Report on vaccination in the Province of Bengal - 1869-1873
Year: 1869
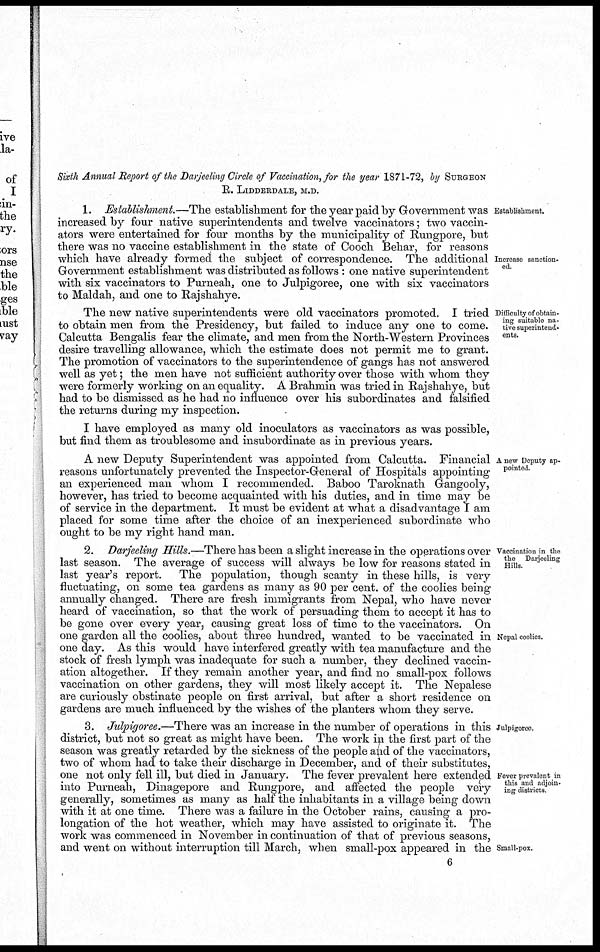
Sixth Annual Report of the Darjeeling Circle of Vaccination, for the year 1871-72, by SURGEON
R. LIDDERDALE, M.D.
Establishment.
Increase sanction-
ed.
1. Establishment.—The establishment for the year paid by Government was
increased by four native superintendents and twelve vaccinators; two vaccin-
ators were entertained for four months by the municipality of Rungpore, but
there was no vaccine establishment in the state of Cooch Behar, for reasons
which have already formed the subject of correspondence. The additional
Government establishment was distributed as follows : one native superintendent
with six vaccinators to Purneah, one to Julpigoree, one with six vaccinators
to Maldah, and one to Rajshahye.
Difficulty of obtain-
ing suitable na-
tive superintend-
ents.
The new native superintendents were old vaccinators promoted. I tried
to obtain men from the Presidency, but failed to induce any one to come.
Calcutta Bengalis fear the climate, and men from the North-Western Provinces
desire travelling allowance, which the estimate does not permit me to grant.
The promotion of vaccinators to the superintendence of gangs has not answered
well as yet; the men have not sufficient authority over those with whom they
were formerly working on an equality. A Brahmin was tried in Rajshahye, but
had to be dismissed as he had no influence over his subordinates and falsified
the returns during my inspection.
I have employed as many old inoculators as vaccinators as was possible,
but find them as troublesome and insubordinate as in previous years.
A new Deputy ap-
pointed.
A new Deputy Superintendent was appointed from Calcutta. Financial
reasons unfortunately prevented the Inspector-General of Hospitals appointing
an experienced man whom I recommended. Baboo Taroknath Gangooly,
however, has tried to become acquainted with his duties, and in time may be
of service in the department. It must be evident at what a disadvantage I am
placed for some time after the choice of an inexperienced subordinate who
ought to be my right hand man.
Vaccination in the
the Darjeeling
Hills.
Nepal coolies.
2. Darjeeling Hills.—There has been a slight increase in the operations over
last season. The average of success will always be low for reasons stated in
last year's report. The population, though scanty in these hills, is very
fluctuating, on some tea gardens as many as 90 per cent. of the coolies being
annually changed. There are fresh immigrants from Nepal, who have never
heard of vaccination, so that the work of persuading them to accept it has to
be gone over every year, causing great loss of time to the vaccinators. On
one garden all the coolies, about three hundred, wanted to be vaccinated in
one day. As this would have interfered greatly with tea manufacture and the
stock of fresh lymph was inadequate for such a number, they declined vaccin-
ation altogether. If they remain another year, and find no small-pox follows
vaccination on other gardens, they will most likely accept it. The Nepalese
are curiously obstinate people on first arrival, but after a short residence on
gardens are much influenced by the wishes of the planters whom they serve.
Julpigoree.
Fever prevalent in
this and adjoin-
ing districts.
Small-pox.
3. Julpigoree.—There was an increase in the number of operations in this
district, but not so great as might have been. The work in the first part of the
season was greatly retarded by the sickness of the people and of the vaccinators,
two of whom had to take their discharge in December, and of their substitutes,
one not only fell ill, but died in January. The fever prevalent here extended
into Purneah, Dinagepore and Rungpore, and affected the people very
generally, sometimes as many as half the inhabitants in a village being down
with it at one time. There was a failure in the October rains, causing a pro-
longation of the hot weather, which may have assisted to originate it. The
work was commenced in November in continuation of that of previous seasons,
and went on without interruption till March, when small-pox appeared in the
6